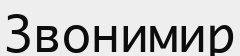
Звонимир